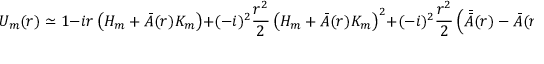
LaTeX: U _ { m } ( r ) \simeq 1 - i r \left( H _ { m } + { \bar { A } } ( r ) K _ { m } \right) + ( - i ) ^ { 2 } \frac { r ^ { 2 } } { 2 } \left( H _ { m } + { \bar { A } } ( r ) K _ { m } \right) ^ { 2 } + ( - i ) ^ { 2 } \frac { r ^ { 2 } } { 2 } \left( { \bar { \bar { A } } } ( r ) - { \bar { A } } ( r ) \right) \left[ H _ { m } , K _ { m } \right] ,